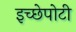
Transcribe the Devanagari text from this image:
इच्छेपोटी